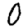
Digit: 0